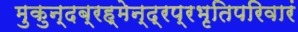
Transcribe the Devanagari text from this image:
मुकुन्दब्रह्मेन्द्रप्रभृतिपरिवारं